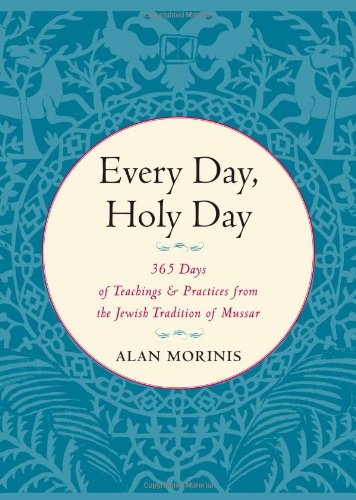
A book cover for Every Day, Holy Day: 365 Days of Teachings and Practices from the Jewish Tradition of Mussar; Alan Morinis; Religion & Spirituality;